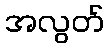
အလွတ်